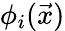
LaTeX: \phi_{i}(\vec{x})